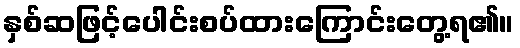
နှစ်ဆဖြင့်ပေါင်းစပ်ထားကြောင်းတွေ့ရ၏။